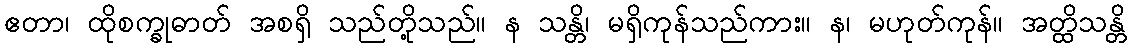
ဧတာ၊ ထိုစက္ခုဓာတ် အစရှိ သည်တို့သည်။ န သန္တိ၊ မရှိကုန်သည်ကား။ န၊ မဟုတ်ကုန်။ အတ္ထိသန္တိ